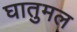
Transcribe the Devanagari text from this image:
घातुमल